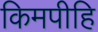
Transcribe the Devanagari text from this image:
किमपीहि